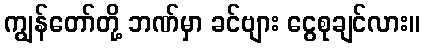
ကျွန်တော်တို့ ဘဏ်မှာ ခင်ဗျား ငွေစုချင်လား။